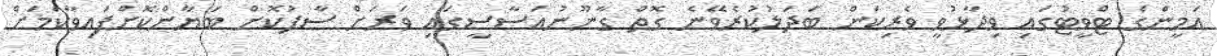
އަމީންގެ ޓްވީޓުގައި ވިދާޅުވީ ވެރިކަން ބަދަލުކުރެވޭނެ ގޮތް ގާނޫނުއަސާސީގައި ވަރަށް ސާފުކޮށް ބަޔާންކޮށްފައިވާކަމަށް